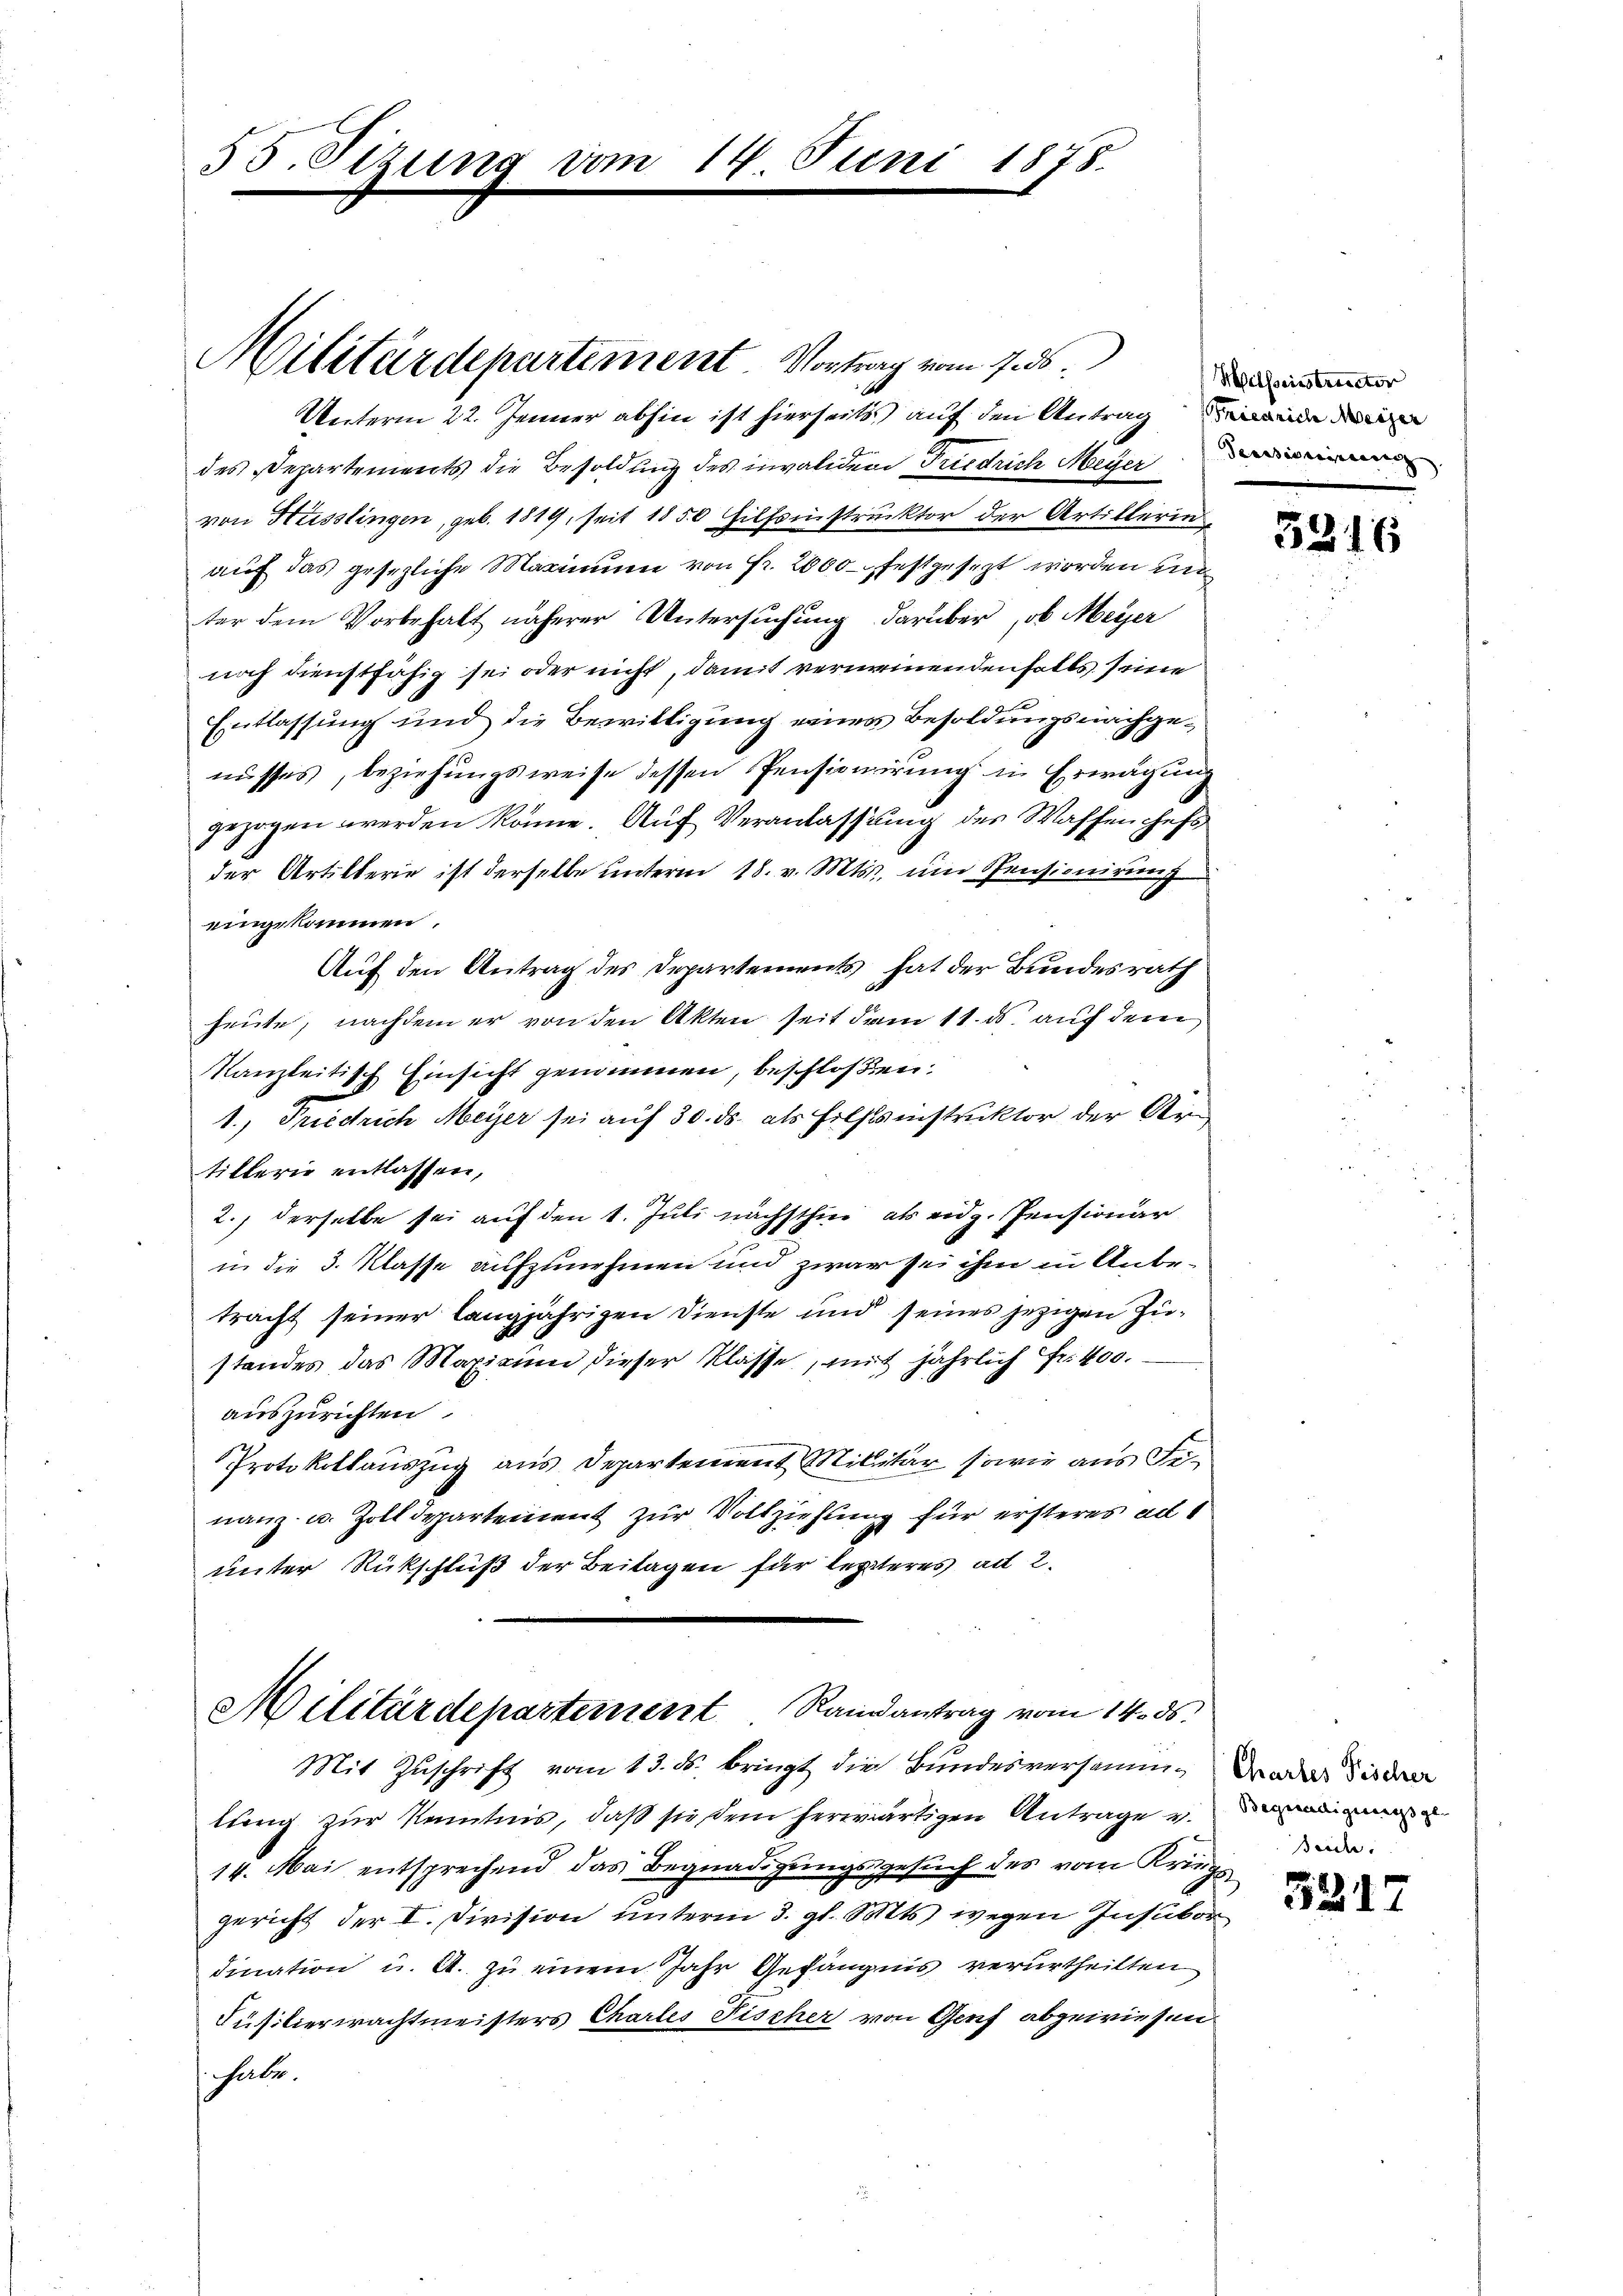
55. Sizum

1178.

Militärdepartement. Vortrag vom 7. ds.
Unterm 22. Jenner abhin ist hierseits auf den Antrag de
des Departements die Besoldung des invaliden Friedrich Meyer
von Hüsslingen, geb. 1819, seit 1850 Hilfsinstruktor der Artillerin
auf das gesezliche Maximum von Fr. 2000 festgesezt worden un
ter dem Vorbehalt näherer Untersŭchŭng darüber, ob Meyer
noch dienstfähig sei oder nicht, damit vernemenden falls seine
Entlassung und die Bewilligung einer Besoldungsnachgenusses, beziehungsweise dessen Pensionirung in Erwägung
.
gezogen werden könne. Auf Veranlassung des Waffenchefs
der Artillerie ist derselbe unterm 18. v. Mts., um Spensionirung
eingekommen.
Auf den Antrag des Departements hat der Bundesrath
heute, nachdem er von den Akten seit dem 11. ds. auf dem
Kanzleitisch Einsicht genommen, beschloßen:
1., Friedrich Meyer sei auf 30. ds. als Hilfsinstruktor der Arn
tillerie entlassen,
2.) derselbe sei auf den 1. Juli nächsthin als eidg. Pensionär
in die 3. Klasse aufzunehmen und zwar sei ihm in Anbetracht seiner langjährigen Dienste und seines jezigen Zustandes das Maximum dieser Klasse, mit jährlich Fr. 400.
auszurichten
Protokollauszug aus Departement Militär sowie aus Finanz- u. Zolldepartement zur Vollziehung für ersteres ad 1
unter Rückschluß der Beilagen für lezteres ad 2.

Militärdepartement Ramantrag vom 14. ds.
s
Mit Zŭschrift vom 13. ds. bringt die Bundesversamm¬

lung zur Kenntnis, daß sie dem herwärtigen Antrage v.
gesuch des vom Kriegs
14. Mai entsprechend das Begnadigung
9
gericht der I. Division unterm 3. gl. Satts wegen Insubor
dination u. A. zu einem Jahr Gefängnis verurtheilten
Kusitierwachtmeisters Charles Fischer von Genf abgewiesen
habe.

Milfseinstruector

3316

Chartes Fischer
Begnadigungsge
Teich

3217